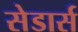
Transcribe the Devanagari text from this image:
सेडार्स